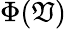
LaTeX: \Phi(\mathfrak{V})